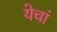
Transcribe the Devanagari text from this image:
येचां